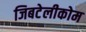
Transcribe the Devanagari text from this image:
जिबटेलीकोम